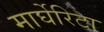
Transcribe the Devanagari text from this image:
मार्घेरिटा